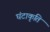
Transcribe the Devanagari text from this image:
घंटाकृति